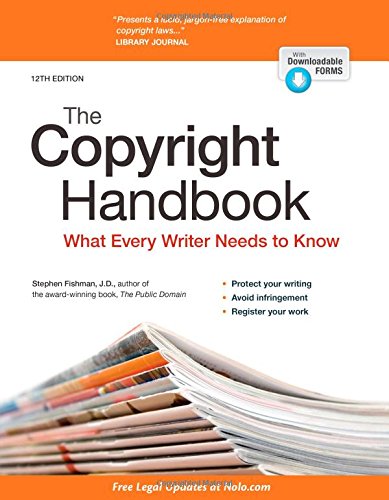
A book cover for Copyright Handbook, The: What Every Writer Needs to Know; Stephen Fishman JD; Law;